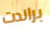
براندت